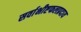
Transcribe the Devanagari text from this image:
सर्वाभीष्टफलप्रदाय